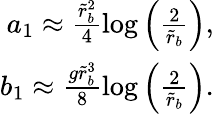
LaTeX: \begin{array}{r}{a_{1}\approx\frac{\tilde{r}_{b}^{2}}{4}\log\left(\frac{2}{\tilde{r}_{b}}\right),}\\ {b_{1}\approx\frac{g\tilde{r}_{b}^{3}}{8}\log\left(\frac{2}{\tilde{r}_{b}}\right).}\end{array}